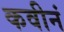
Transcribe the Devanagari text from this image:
कवीनं